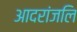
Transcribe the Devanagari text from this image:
आदरांजलि